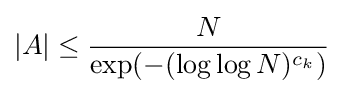
|A|\leq {\frac {N}{\exp(-(\log \log N)^{c_{k}})}}